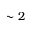
\sim 2